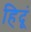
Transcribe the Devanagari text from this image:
हिदूं